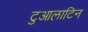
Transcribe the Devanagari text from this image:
टुआलाटिन